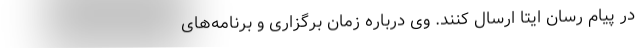
در پیام رسان ایتا ارسال کنند. وی درباره زمان برگزاری و برنامه‌های